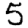
Digit: 5